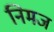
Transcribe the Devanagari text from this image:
निमज